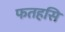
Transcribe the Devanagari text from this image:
फतहसि